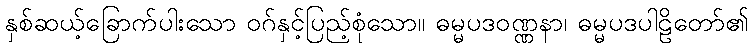
နှစ်ဆယ့်ခြောက်ပါးသော ဝဂ်နှင့်ပြည့်စုံသော။ ဓမ္မပဒဝဏ္ဏနာ၊ ဓမ္မပဒပါဠိတော်၏